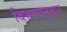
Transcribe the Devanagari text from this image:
विभागानुसार